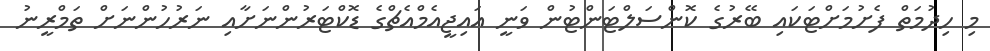
މި ހިދުމަތް ފެށުމަށްޓަކައި ބޭރުގެ ކޮންސަލްޓަންޓުން ވަނީ އައިޖީއެމްއެޗްގެ ޑޮކްޓަރުންނަށާއި ނަރުހުންނަށް ތަމްރީނު